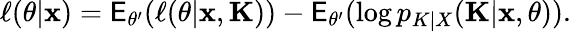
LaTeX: \ell(\theta|\mathbf x)=\mathsf E_{\theta^{\prime}}(\ell(\theta|\mathbf x,\mathbf K))-\mathsf E_{\theta^{\prime}}(\log p_{K|X}(\mathbf K|\mathbf x,\theta)).